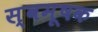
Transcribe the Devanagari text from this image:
स्वमूषक